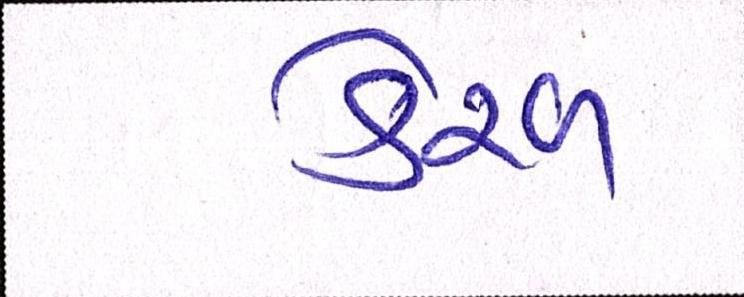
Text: કેરળ